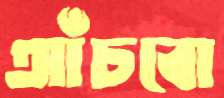
আঁচবো